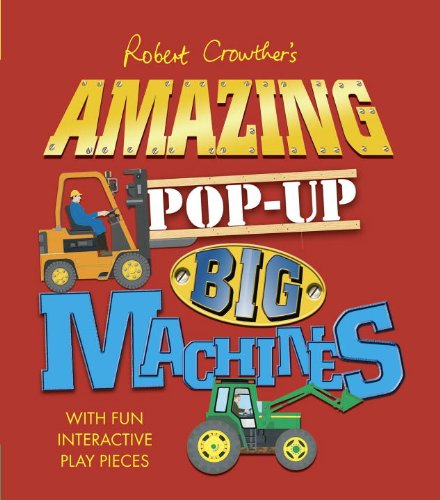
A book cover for Robert Crowther's Amazing Pop-Up Big Machines; Robert Crowther; Children's Books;